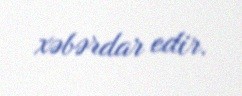
xəbərdar edir.